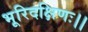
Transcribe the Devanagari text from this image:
भूरिदक्षिणः।।